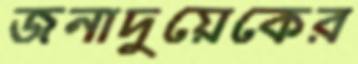
জনাদুয়েকের